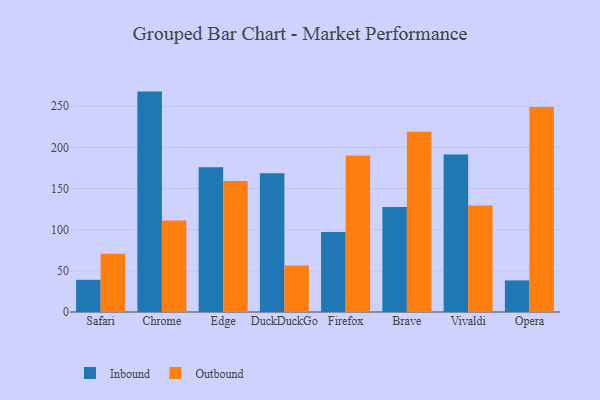
{"axis": {"x": "Browser", "y": "Satisfaction Score"}, "legend": ["Inbound", "Outbound"], "data": [{"x": "Safari", "y": 39.1, "type": "Inbound"}, {"x": "Safari", "y": 70.7, "type": "Outbound"}, {"x": "Chrome", "y": 267.8, "type": "Inbound"}, {"x": "Chrome", "y": 111.3, "type": "Outbound"}, {"x": "Edge", "y": 175.8, "type": "Inbound"}, {"x": "Edge", "y": 159.2, "type": "Outbound"}, {"x": "DuckDuckGo", "y": 168.7, "type": "Inbound"}, {"x": "DuckDuckGo", "y": 56.5, "type": "Outbound"}, {"x": "Firefox", "y": 97.1, "type": "Inbound"}, {"x": "Firefox", "y": 190.2, "type": "Outbound"}, {"x": "Brave", "y": 127.7, "type": "Inbound"}, {"x": "Brave", "y": 219.1, "type": "Outbound"}, {"x": "Vivaldi", "y": 191.4, "type": "Inbound"}, {"x": "Vivaldi", "y": 129.4, "type": "Outbound"}, {"x": "Opera", "y": 38.4, "type": "Inbound"}, {"x": "Opera", "y": 249.2, "type": "Outbound"}]}